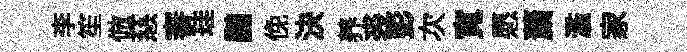
李笙倣慈審珪鵬俛決养裘彭次寛愿䔥濫家